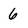
Character: 6